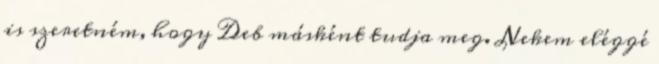
is szeretném, hogy Deb másként tudja meg. Nekem eléggé